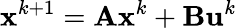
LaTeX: \mathbf{x}^{k+1}=\mathbf{A}\mathbf{x}^{k}+\mathbf{B}\mathbf{u}^{k}